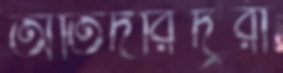
অতিদরিদ্ররা